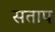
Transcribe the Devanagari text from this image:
सताप